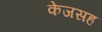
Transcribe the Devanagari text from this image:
केजसह